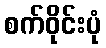
စက်ဝိုင်းပုံ